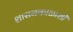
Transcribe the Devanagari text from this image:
शासनकाळाशी